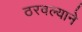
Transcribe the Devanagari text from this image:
ठरवल्याने